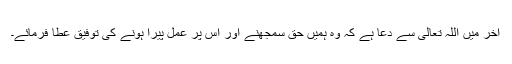
آخر میں اللہ تعالیٰ سے دعا ہے کہ وہ ہمیں حق سمجھنے اور اس پر عمل پیرا ہونے کی توفیق عطا فرمائے۔